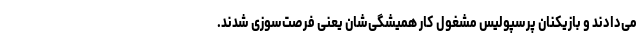
می‌دادند و بازیکنان پرسپولیس مشغول کار همیشگی‌شان یعنی فرصت‌سوزی شدند.